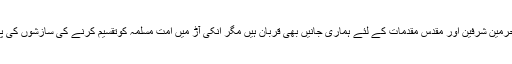
علی کاظمی نے کہا کہ حرمین شرفین اور مقدس مقدمات کے لئے ہماری جانیں بھی قربان ہیں مگر انکی آڑ میں امت مسلمہ کوتقسیم کرنے کی سازشوں کی پرزور مذمت کرتے ہیں ۔